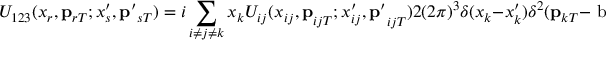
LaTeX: U _ { 1 2 3 } ( x _ { r } , \mathrm { { \bf p } } _ { r T } ; x _ { s } ^ { \prime } , \mathrm { { \bf p } ^ { \prime } } _ { s T } ) = i \sum _ { i \ne j \ne k } x _ { k } U _ { i j } ( { x _ { i j } , \mathrm { \bf p } } _ { i j T } ; { x _ { i j } ^ { \prime } , \mathrm { \bf p } ^ { \prime } } _ { i j T } ) 2 ( 2 \pi ) ^ { 3 } \delta ( x _ { k } - x _ { k } ^ { \prime } ) \delta ^ { 2 } ( \mathrm { { \bf p } } _ { k T } - \mathrm { { \ b f p } ^ { \prime } } _ { k T } ) ,